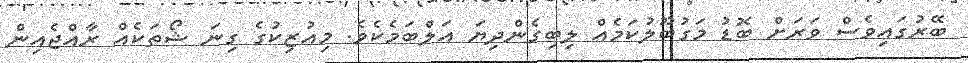
ބޭރުގައިވެސް ވަރަށް ބޮޑު މަގުބޫލުކަމެއް ލިބިގެންދިޔަ އަލްބަމެކެވެ. މިއުޒިކުގެ ގިނަ ޝޯތަކެއް ރާއްޖެއިން